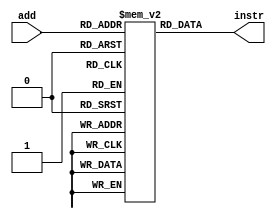
module IM(add,instr);
	input [11:2] add;
	output [31:0] instr;
	reg [31:0] im [0:1023];
	assign instr=im[add];

endmodule